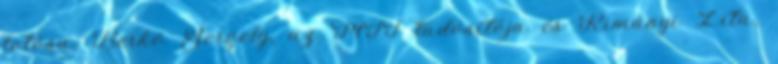
fotósa, Berkó Gergely, az MTI tudósítója és Rimányi Zita,